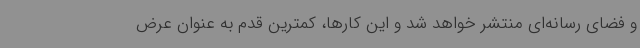
و فضای رسانه‌ای منتشر خواهد شد و این کارها، کمترین قدم به عنوان عرض